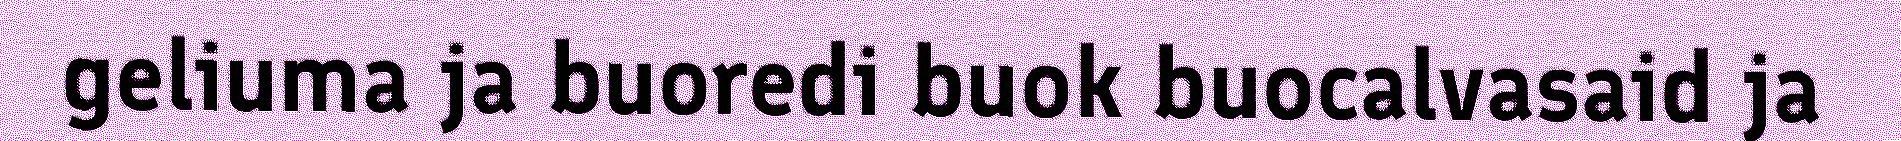
geliuma ja buoredi buok buocalvasaid ja